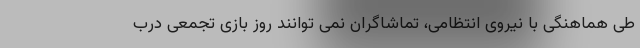
طی هماهنگی با نیروی انتظامی، تماشاگران نمی توانند روز بازی تجمعی درب